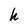
Character: h